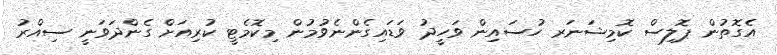
އެގޮތުން ޕޮލިސް ކޮމިޝަނަރ ހުސައިން ވަހީދު ވަޑައިގެންނެވުމުން މިކޮމެޓީ ކުރިއަށް ގެންދަވަނީ ސިއްރު